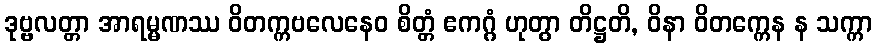
ဒုဗ္ဗလတ္တာ အာရမ္မဏဿ ဝိတက္ကဗလေနေဝ စိတ္တံ ဧကဂ္ဂံ ဟုတွာ တိဋ္ဌတိ, ဝိနာ ဝိတက္ကေန န သက္ကာ